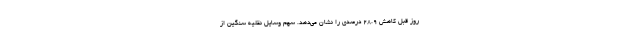
روز قبل کاهش 28.9 درصدی را نشان می‌دهد. سهم وسایل نقلیه سنگین از